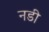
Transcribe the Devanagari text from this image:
नडी